Calcutta medical institutions reports 1879-81 [i.e.91]
Year: 1879
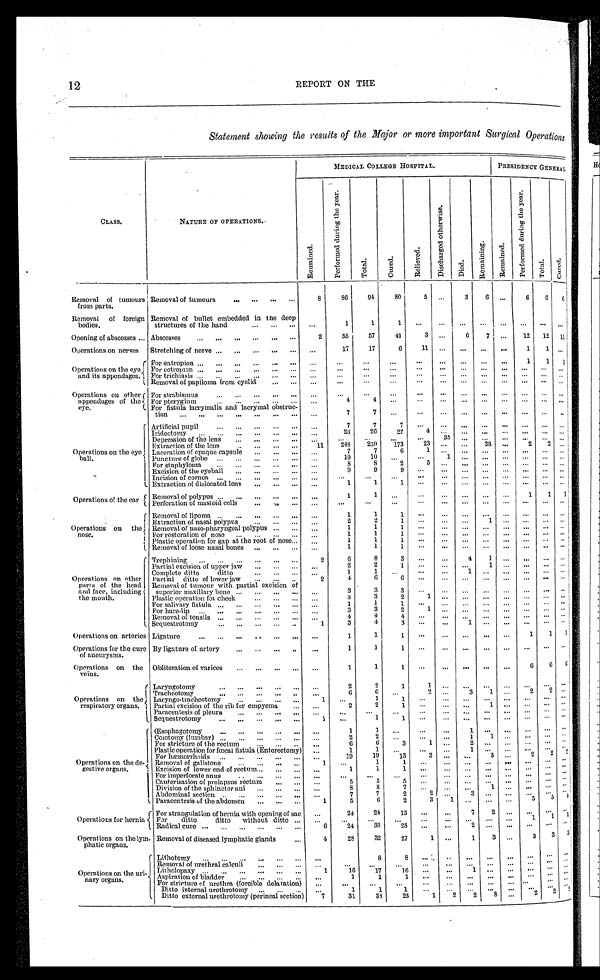
12
REPORT ON THE
Statement showing the results of the Major or more important Surgical Operations
MEDICAL COLLEGE HOSPITAL.
PRESIDENCY GENERAL
CLASS.
NATURE OF OPERATIONS.
R e m a i n e d .
P e r f o r m e d d u r i n g t h e y e a r .
T o t a l .
C u r e d .
R e l i e v e d .
D i s c h a r g e d o t h e r w i s e .
D i e d .
R e m a i n i n g .
R e m a i n e d .
p e r f o r m e d d u r i n g t h e y e a r .
T o t a l .
C u r e d .
Removal of tumours
from parts.
Removal of tumours . . .
8
86
94
80
5 . . .
3
6
. . .
6
6
6
Removal
of foreign
bodies.
Removal of bullet embedded in the deep
structures of the hand . . .
. . .
1
1
1
. . .. . .
. . .
. . . . . .
. . .. . .
. . .
Opening of abscesses . . . Abscesses . . .
2
55
57
41
3 . . .
6
7
. . .
12
12
11
Operations on nerves
Stretching of nerve . . .
. . .
17
17
6
11 . . .
. . .
. . .
. . .
1
1
. . .
Operations on the eye
and its appendages.
For entropion . . .
. . .
. . .
. . .
. . .
. . .
. . .
. . .
. . .
. . .
1
1
1
For ectropion . . .
. . .
. . .
. . .
. . .
. . .
. . .
. . .
. . .
. . .
. . .
. . .
. . .
For trichiasis . . .
. . .
. . .
. . .
. . .
. . .
. . .
. . .
. . .
. . .
. . .
. . .
. . .
Removal of papiloma from eyelid . . .
. . .
. . .
. . .
. . .
. . .
. . .
. . .
. . .
. . .
. . .
. . .
. . .
Operations on other
appendages of the
eye.
For strabismus . . .
. . .
. . .
. . .
. . .
. . .
. . .
. . .
. . .
. . .
. . .
. . .
. . .
For pterygium . . .
. . .
4
4
. . .
. . .
. . .
. . .
. . .
. . .
. . .
. . .
. . .
For fistula lacrymalis and lacrymal obstruc-tion . . .
. . .
7
7
. . .
. . .
. . .
. . .
. . .
. . .
. . .
. . .
. . .
Operations on the eye
ball.
Artificial pupil . . .
. . .
7
7
7
. . .
. . .
. . .
. . .
. . .
. . .
. . .
. . .
Iridectomy . . .
. . .
26
26
22
4
. . .
. . .
. . .
. . .
. . .
. . .
. . .
Depression of the lens . . .
. . .
. . .
. . .
. . .
. . .
3 5
. . .
. . .
. . .
. . .
. . .
. . .
Extraction of the lens . . .
11
248
259
173
2 3
. . .
. . .
28
. . .
2
2
. . .
Laceration of opaque capsule . . .
. . .
7
7
6
1
. . .
. . .
. . .
. . .
. . .
. . .
. . .
Puncture of globe . . .
. . .
10
10
. . .
. . .
1
. . .
. . .
. . .
. . .
. . .
. . .
For staphyloma . . .
. . .
8
8
2
5
. . .
. . .
. . .
. . .
. . .
. . .
. . .
Excision of the eyeball . . .
. . .
9
9
9
. . .
. . .
. . .
. . .
. . .
. . .
. . .
. . .
Incision of cornea . . .
. . .
. . .
. . .
. . .
. . .
. . .
. . .
. . .
. . .
. . .
. . .
. . .
Extraction of dislocated lens . . .
. . .
1
1
1
. . .
. . .
. . .
. . .
. . .
. . .
. . .
. . .
Operations on the ear
Removal of polypus . . .
. . .
1
1
. . .
. . .
. . .
. . .
. . .
. . .
1
1
1
Perforation of mastoid cells . . .
. . .
. . .
. . .
. . .
. . .
. . .
. . .
. . .
. . .
. . .
. . . . . .
Operations on
the
nose.
Removal of lipoma . . .
. . .
1
1
1
. . .
. . .
. . .
. . .
. . .
. . .
. . .
. . .
Extraction of nasal polypus . . .
. . .
2
2
1
. . .
. . .
. . .
1
. . .
. . .
. . .
. . .
Removal of naso-pharyngeal polypus . . .
. . .
1
1
1
. . .
. . .
. . .
. . .
. . .
. . .
. . .
. . .
For restoration of nose . . .
. . .
1
1
1
. . .
. . .
. . .
. . .
. . .
. . .
. . .
. . .
Plastic operation for gap at the root of nose . . .
. . .
1
1
1
. . .
. . .
. . .
. . .
. . .
. . .
. . .
. . .
Removal of loose nasal bones . . .
. . .
1
1
1
. . .
. . .
. . .
. . .
. . .
. . .
. . .
. . .
Operations on other
parts of the head
and face, including
the mouth.
Trephining . . .
2
6
8
3
. . .
. . .
4
1
. . .
. . .
. . .
. . .
Partial excision of upper jaw . . .
. . .
2
2
1
. . .
. . .
. . .
1
. . .
. . .
. . .
. . .
Complete ditto
ditto . . .
. . .
1
1
. . .
. . .
. . .
1
. . .
. . .
. . .
. . .
. . .
Partial
ditto of lower jaw . . .
2
4
6
6
. . .
. . .
. . .
. . .
. . .
. . .
. . .
. . .
Removal of tumour with partial excision of
superior maxillary bone . . .
. . .
3
3
3
. . .
. . .
. . .
. . .
. . .
. . .
. . .
. . .
Plastic operation for cheek . . .
. . .
3
3
2
1
. . .
. . .
. . .
. . .
. . .
. . .
. . .
For salivary fistula . . .
. . .
1
1
1
. . .
. . .
. . .
. . .
. . .
. . .
. . .
. . .
For hare-lip . . .
. . .
3
3
2
1
. . .
. . .
. . .
. . .
. . .
. . .
. . .
Removal of tonsils . . .
. . .
4
4
4
. . .
. . .
. . .
. . .
. . .
. . .
. . .
. . .
Sequestrotomy . . .
1
3
4
3
. . .
. . .
1
. . .
. . .
. . .
. . .
. . .
Operations on arteries Ligature
. . .
1
1
1
. . .
. . .
. . .
. . .
. . .
1
1
1
Operations for the cure
of aneurysms.
By ligature of artery . . .
. . .
1
1
1
. . .
. . .
. . .
. . .
. . .
. . .
. . .
. . .
Operations on the
veins.
Obliteration of varices . . .
. . .
1
1
1
. . .
. . .
. . .
. . .
. . .
6
6
6
Operations on the
respiratory organs.
Laryngotomy . . .
. . .
2
2
1
1
. . .
. . .
. . . . . .
2
2
. . .
Tracheotomy . . .
. . .
6 6
. . .
2
. . .
3
1
. . .
2 2
. . .
Laryngo-tracheotomy . . .
1 . . .
1
1
. . .
. . .
. . .
. . .
. . .
. . .
. . .
. . .
Partial excision of the rib for empyema . . .
. . .
2
2
1
. . .
. . .
1
. . .
. . .
. . .
. . .
. . .
Paracentesis of pleura . . .
. . .
. . .
. . .
. . .
. . .
. . .
. . .
. . .
. . .
. . .
. . .
. . .
Sequestrotomy . . .
1 . . .
1
1
. . .
. . .
. . .
. . .
. . .
. . .
. . .
. . .
Operations on the de-
gestive organs.
Œsophagotomy . . .
. . .
1
1
. . .
. . .
. . .
1
. . .
. . .
. . .
. . .
. . .
Coiotomy (lumbar) . . .
. . .
2
2
. . .
. . .
. . .
1
1
. . .
. . .. . .
. . .
For stricture of the rectum . . .
. . .
6
6
3
1
. . .
2
. . .
. . .
. . .
. . .
. . .
Plastic operation for fœcal fistula (Enterectomy) . . .
. . .
1
1
. . .
. . .
. . .
1
. . .
. . .
. . .
. . .
. . .
For hæmorrhoids . . .
. . .
19
19
13
3
. . .
. . .
3
. . .
2
2
2
Removal of gallstone . . .
1
. . .
1
1
. . .
. . .
. . .
. . .
. . .
. . .
. . .
. . .
Excision of lower end of rectum . . .
. . .
1
1
1
. . .
. . .
. . .
. . .
. . .
. . .
. . .
. . .
For imperforate anus . . .
. . .
. . .
. . .
. . .
. . .
. . .
. . .
. . .
. . .
. . .
. . .
. . .
Cauterisation of prolapsus rectum . . .
. . .
5
5
5
. . .
. . .
. . .
. . .
. . .
. . .
. . .
. . .
Division of the sphincter ani . . .
. . .
8
8
7
. . .
. . .
. . .
1
. . .
. . .
. . .
. . .
Abdominal section . . .
. . .
7
7
2
2
. . .
3
. . .
. . .
. . .
. . .
. . .
Paracentesis of the abdomen . . .
1
5
6
2
3
1
. . .
. . .
. . .
5
5
4
Operations for hernia
For strangulation of hernia with opening of sac
. . .
24
24
15
. . .
. . .
7
2
. . .
. . .
. . .. . .
For ditto ditto without ditto . . .
. . .
. . .
. . .
. . .
. . .
. . .
. . .
. . .
. . .
1
1 1
Radical cure . . .
6
24
30
28
. . .
. . .
2
. . .
. . .
. . .
. . .. . .
Operations on the lym-
phatic organs.
Removal of diseased lymphatic glands . . .
4
28
32
27
1 . . .
1
3
. . .
3
3
3
Operations on the uri-
nary organs.
Lithotomy . . .
. . .
. . .
8
8
. . .
. . .
. . .
. . .
. . .
. . .
. . .
. . .
Removal of urethral calculi . . .
. . .
. . .
. . .
. . .
. . .
. . .
. . .
. . .
. . .
. . .
. . .
. . .
Litholopaxy . . .
1
16
17
16
. . .
. . .
1
. . .
. . .
. . .
. . . . . .
Aspiration of bladder . . .
. . .
1
1
1
. . .
. . .
. . .
. . .
. . .
. . .
. . .
. . .
. . .
For stricture of urethra (forcible delatation) . . .
. . .
. . .
. . .
. . .
. . .
. . .
. . .
. . .
. . .
. . .
. . .
. . .
Ditto internal urethrotomy . . .
. . .
1
1
1
. . .
. . .
. . .
. . .
. . .
. . .
. . .
. . .
Ditto external urethrotomy (perineal section) . . .
7
31
38
25
1
2
2
8
. . .
2
2
2